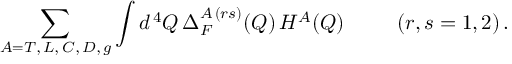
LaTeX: \sum _ { A = T , \, L , \, C , \, D , \, g } \int d ^ { \, 4 } Q \, \Delta _ { F } ^ { A \, ( r s ) } ( Q ) \, { \cal H } ^ { A } ( Q ) \; \; \; \; \; \; \; \; \; ( r , s = 1 , 2 ) \, .